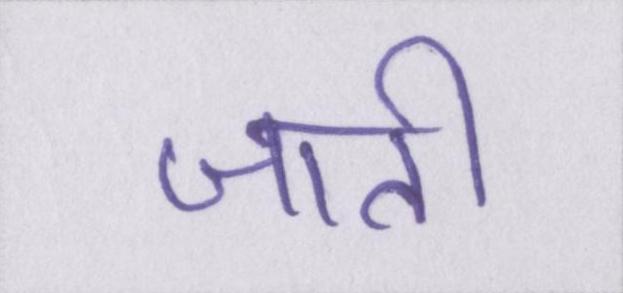
जाती